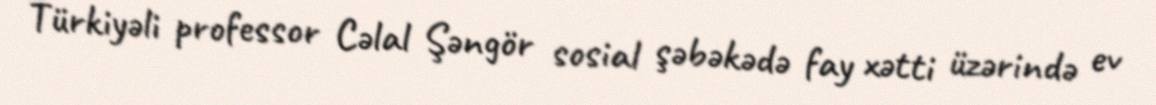
Türkiyəli professor Cəlal Şəngör sosial şəbəkədə fay xətti üzərində ev